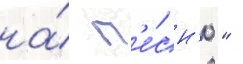
на́ п'е́сн'ю "